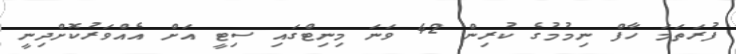
ފުރަތަމަ ހާފް ނިމުމުގެ ކުރިން 42 ވަނަ މިނިޓްގައި ސިޓީ އަށް އެއްވަރުކޮށްދިނީ